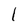
Character: l